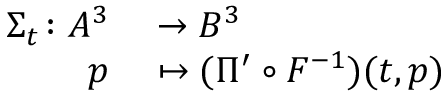
\begin{array} { r l } { \Sigma _ { t } \colon A ^ { 3 } } & { { } \to B ^ { 3 } } \\ { p } & { { } \mapsto ( \Pi ^ { \prime } \circ F ^ { - 1 } ) ( t , p ) } \end{array}